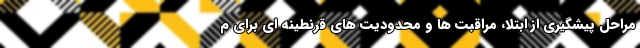
مراحل پیشگیری از ابتلا، مراقبت ها و محدودیت های قرنطینه ای برای م